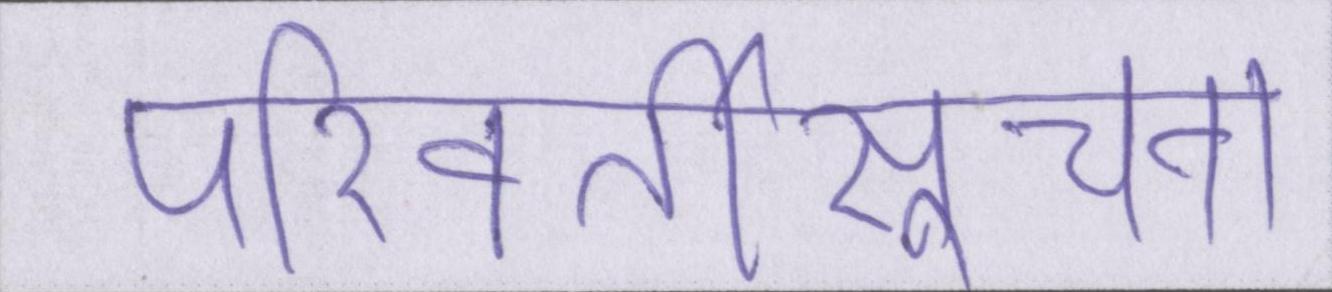
परिवर्तीसूचना